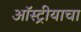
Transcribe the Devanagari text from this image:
ऑस्ट्रीयाचा